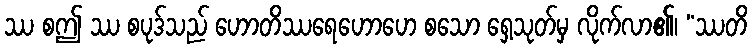
ဿ စဤ ဿ စပုဒ်သည် ဟောတိဿရေဟောဟေ စသော ရှေ့သုတ်မှ လိုက်လာ၏၊ “ဿတိ